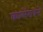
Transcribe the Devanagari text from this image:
कालेरावने